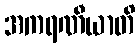
အကရဏီယာတိ